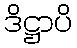
ဒိဋ္ဌာပိ